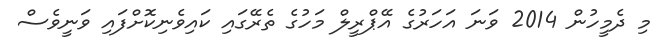
މި ދެމީހުން 2014 ވަނަ އަހަރުގެ އޭޕްރީލް މަހުގެ ތެރޭގައި ކައިވެނިކޮށްފައި ވަނީވެސް